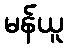
မန်ယူ